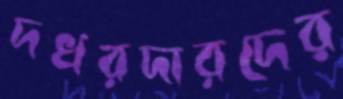
দখরদারদের